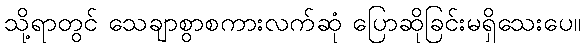
သို့ရာတွင် သေချာစွာစကားလက်ဆုံ ပြောဆိုခြင်းမရှိသေးပေ။